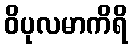
ဝိပုလမာကိရိ